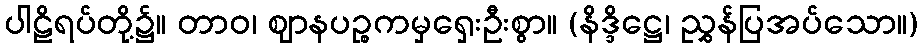
ပါဠိရပ်တို့၌။ တာဝ၊ ဈာနပဉ္စကမှရှေးဦးစွာ။ (နိဒ္ဒိဋ္ဌေ၊ ညွှန်ပြအပ်သော။)